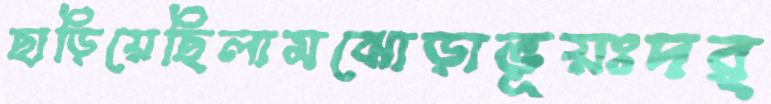
ছাড়িয়েছিলামঝোড়াভূয়ঃদর্